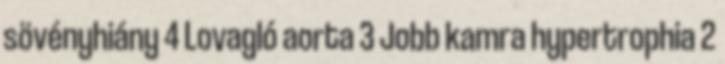
sövényhiány 4 Lovagló aorta 3 Jobb kamra hypertrophia 2